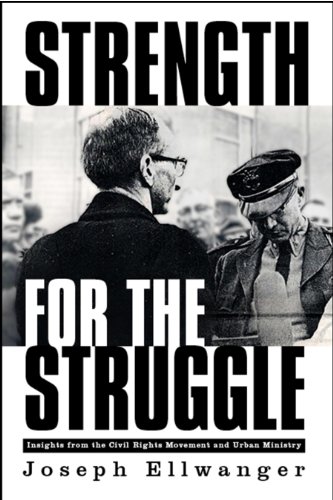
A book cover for Strength for the Struggle; Joseph W. Ellwanger; Christian Books & Bibles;